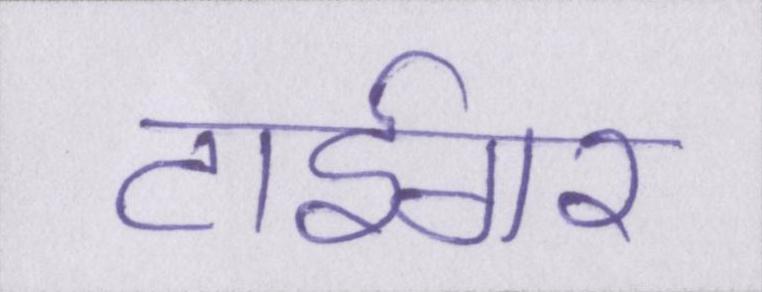
टाईगर